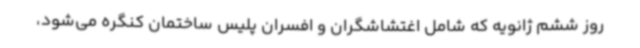
روز ششم ژانویه که شامل اغتشاشگران و افسران پلیس ساختمان کنگره می‌شود،